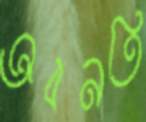
অবনতি